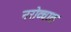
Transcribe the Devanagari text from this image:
नरोव्चात